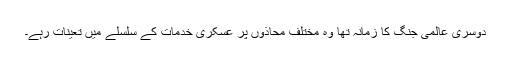
دوسری عالمی جنگ کا زمانہ تھا وہ مختلف محاذوں پر عسکری خدمات کے سلسلے میں تعینات رہے۔